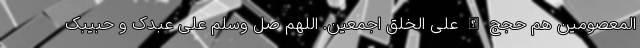
المعصومین هم حجج الله علی الخلق اجمعین. اللهم صل وسلم علی عبدک و حبیبک